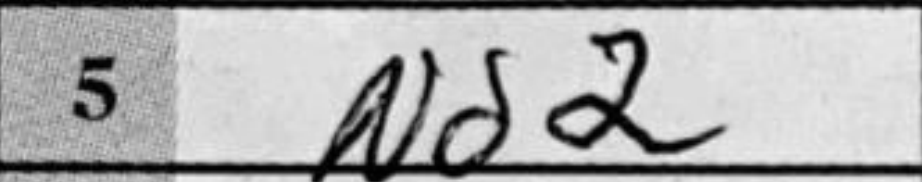
Transcription: Nd2